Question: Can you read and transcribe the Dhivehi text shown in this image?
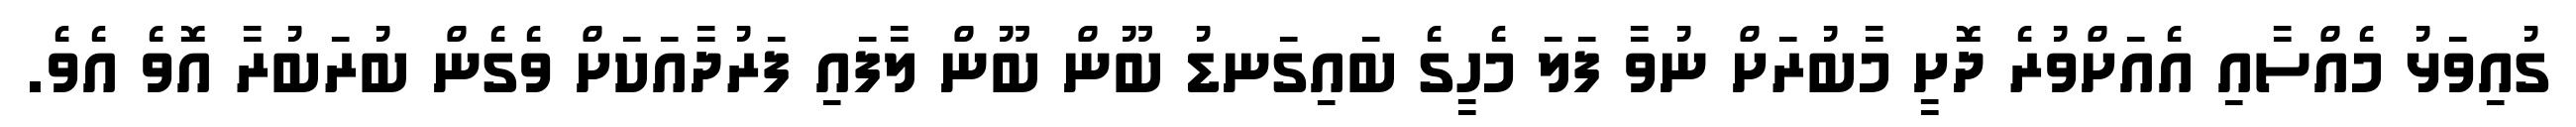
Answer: ގުއިވަޅު މެއްސާއި އެއަށްވުރެ ދޮށީ މާބުރަށް ނުވާ ފަލަ މެހީގެ ބައިގަނޑު ބޫން ބޫން ލާފައި ފަރުދާއަކަށް ވެގެން ބުރަބުރާ އޮވެ އެވެ.